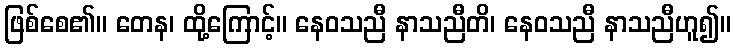
ဖြစ်စေ၏။ တေန၊ ထို့ကြောင့်။ နေဝသညီ နာသညီတိ၊ နေဝသညီ နာသညီဟူ၍။